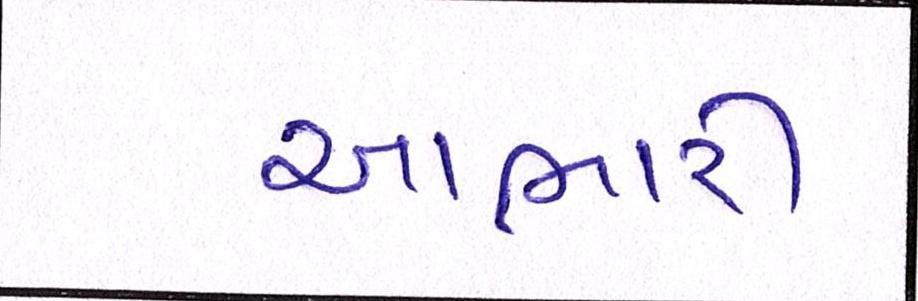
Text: આભારી